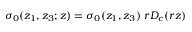
\sigma _ { 0 } ( z _ { 1 } , z _ { 3 } ; z ) = \sigma _ { 0 } ( z _ { 1 } , z _ { 3 } ) \ r D _ { c } ( r z )